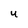
Character: u